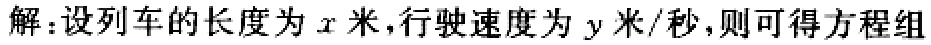
解：设列车的长度为\(x\)米，行驶速度为\(y\)米/秒，则可得方程组